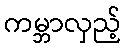
ကမ္ဘာလှည့်